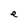
Character: e